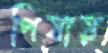
পিষায়